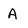
Character: A